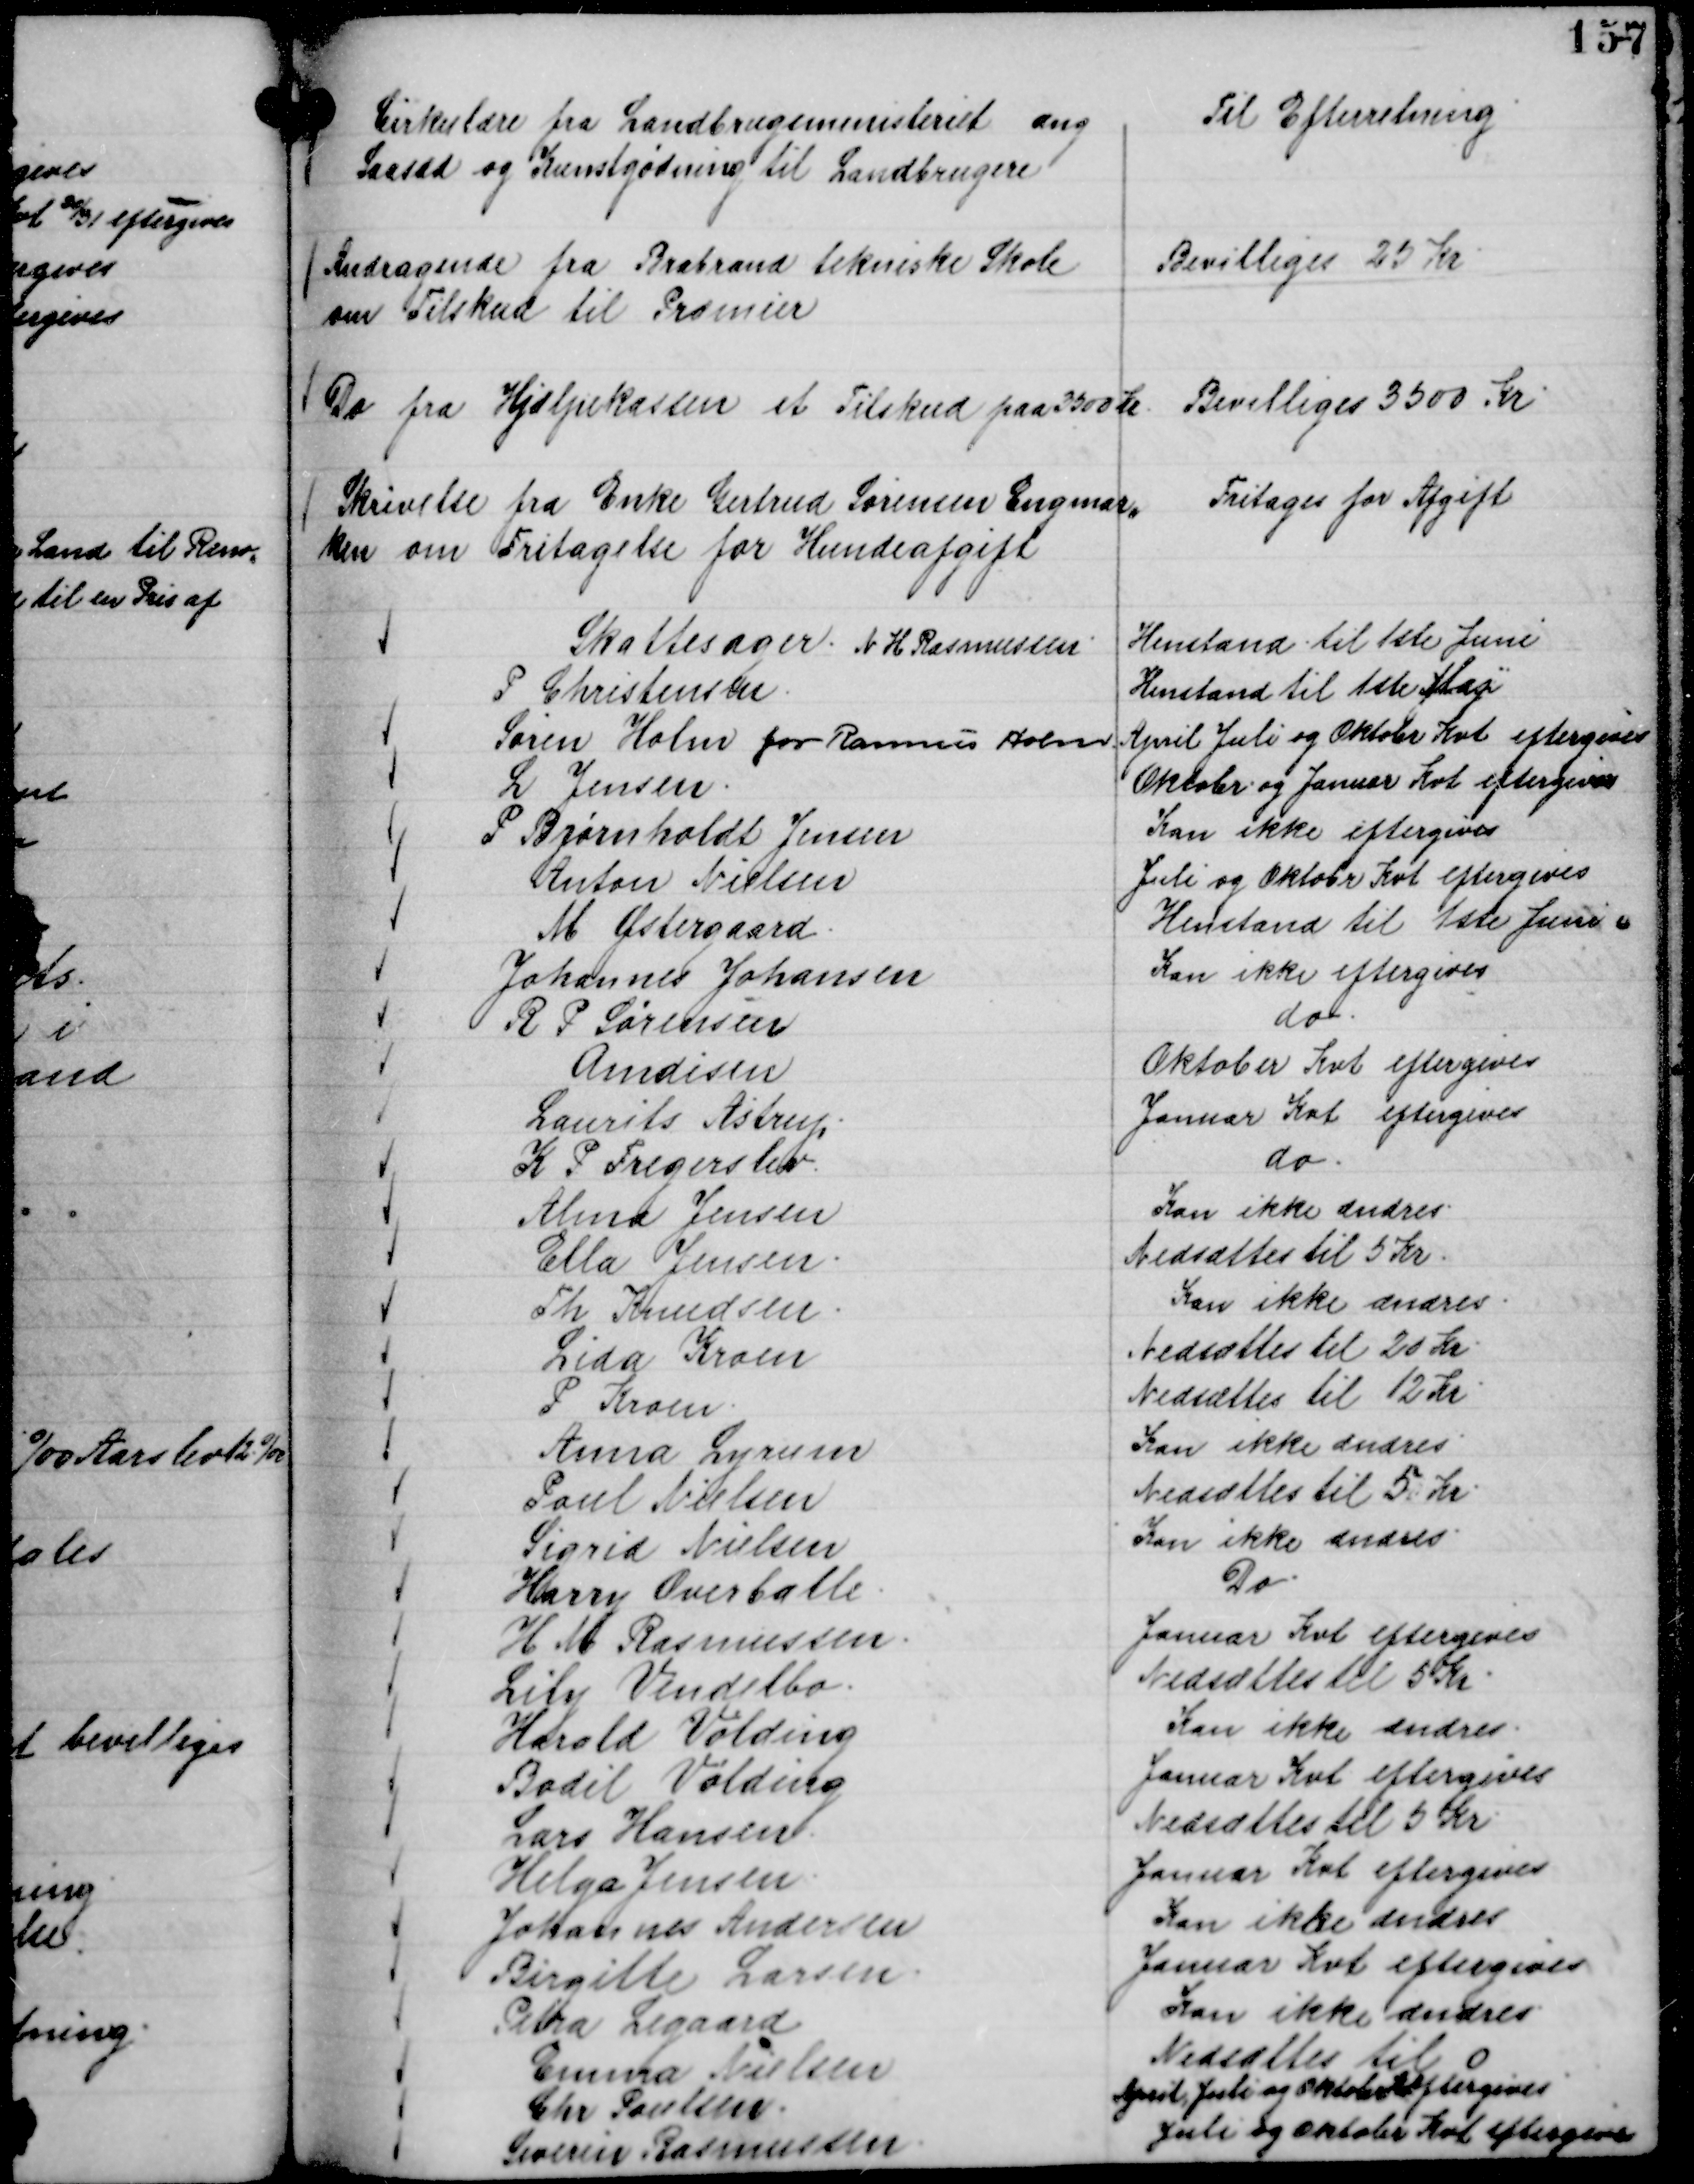
Transskription:
Cirkulære fra Landbrugsministeriet ang
Saasæd og Kunstgødning til Landbrugere

Til Efterretning

Andragende fra Brabrand tekniske Skole
om Tilskud til Præmier

Bevilliges 25 Kr

Do fra Hjælpekassen et Tilskud paa 3500 Kr.

Bevilliges 3500 Kr

Skrivelse fra Enke Gertrud Sørensen Engmar,,
ken om Fritagelse for Hundeafgift

Fritages for Afgift

Skattesager.
N H Rasmussen.
Henstand til 1ste Juni
P Christensen.
Henstand til 1ste Maj
Søren Holm for Rasmus Holm
April Juli og Oktobr Kvt eftergives
L Jensen.
Oktobr og Januar Kvt eftergives
P Bjørnholdt Jensen
Kan ikke eftergives
Anton Nielsen
Juli og Oktobr Kvt eftergives
M Østergaard.
Henstand til 1ste Juni
Johannes Johansen
Kan ikke eftergives
R P Sørensen
do.
Amdisen
Oktober Kvt eftergives
Laurits Astrup.
Januar Kvt eftergives
K P Fregerslev.
do.
Alma Jensen
Kan ikke ændres.
Ella Jensen.
Nedsættes til 5 Kr.
Th Knudsen.
Kan ikke ændres.
Lida Kroen
Nedsættes til 20 Kr.
P Kroen.
Nedsættes til 12 Kr.
Anna Lyrum
Kan ikke ændres.
Poul Nielsen
Nedsættes til 5 Kr.
Sigrid Nielsen
Kan ikke ændres.
Harry Overballe.
Do.
H M Rasmussen.
Januar Kvt eftergives
Lily Vendelbo.
Nedsættes til 5 Kr.
Harald Volding
Kan ikke ændres.
Bodil Volding
Januar Kvt eftergives
Lars Hansen.
Nedsættes til 5 Kr.
Helga Jensen.
Januar Kvt eftergives
Johannes Andersen
Kan ikke ændres
Birgitte Larsen.
Januar Kvt eftergives
Petra Legaard
Kan ikke ændres
Emma Nielsen
Nedsættes til 0
Chr Paulsen.
April, Juli og Oktober K eftergives
Severin Rasmussen.
Juli og Oktobr Kvt eftergives